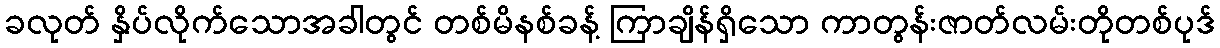
ခလုတ် နှိပ်လိုက်သောအခါတွင် တစ်မိနစ်ခန့် ကြာချိန်ရှိသော ကာတွန်းဇာတ်လမ်းတိုတစ်ပုဒ်